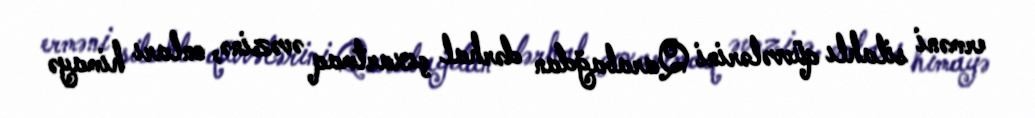
erməni silahlı qüvvələrini Qarabağdan dərhal çıxartmaq əvəzinə, onları himayə